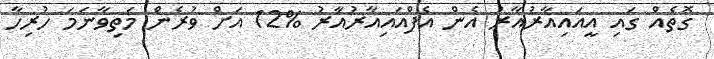
ގޮތެއް ގައި އީއައިއާރުއާރު އެން އެފްއައިއާރުއާރު %12 އަށް ވުރެން މަތިވާނަމަ ހުރިހާ